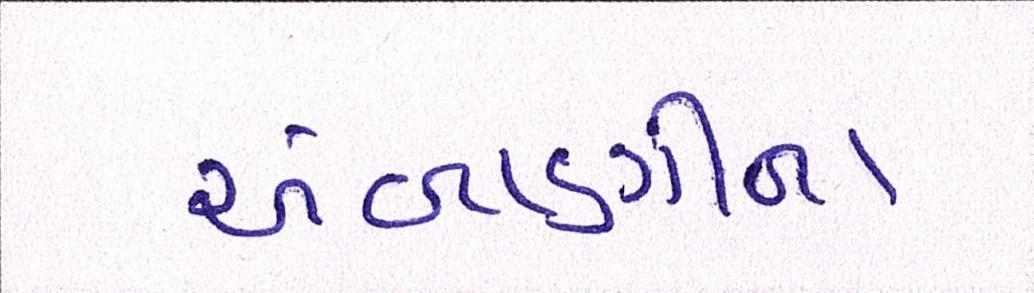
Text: અંબાણીના